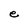
Character: e